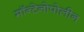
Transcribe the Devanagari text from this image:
मॉन्टेनोपोलीन